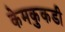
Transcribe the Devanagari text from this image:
केमकुकडी